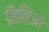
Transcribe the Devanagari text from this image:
मिनिओ